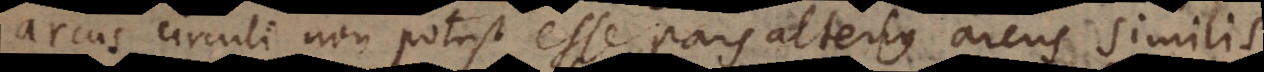
arcus circuli non potest esse pars alterius arcus simili